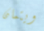
ويتمان